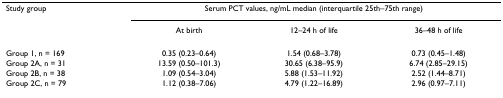
| Study group | <COLSPAN=3> Serum PCT values, ng/mL median (interquartile 25th–75th range) |
 |  | At birth | 12–24 h of life | 36–48 h of life |
 | --- | --- | --- | --- |
 | Group 1, n = 169 | 0.35 (0.23–0.64) | 1.54 (0.68–3.78) | 0.73 (0.45–1.48) |
 | Group 2A, n = 31 | 13.59 (0.50–101.3) | 30.65 (6.38–95.9) | 6.74 (2.85–29.15) |
 | Group 2B, n = 38 | 1.09 (0.54–3.04) | 5.88 (1.53–11.92) | 2.52 (1.44–8.71) |
 | Group 2C, n = 79 | 1.12 (0.38–7.06) | 4.79 (1.22–16.89) | 2.96 (0.97–7.11) |